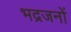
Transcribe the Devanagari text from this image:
भद्रजनों